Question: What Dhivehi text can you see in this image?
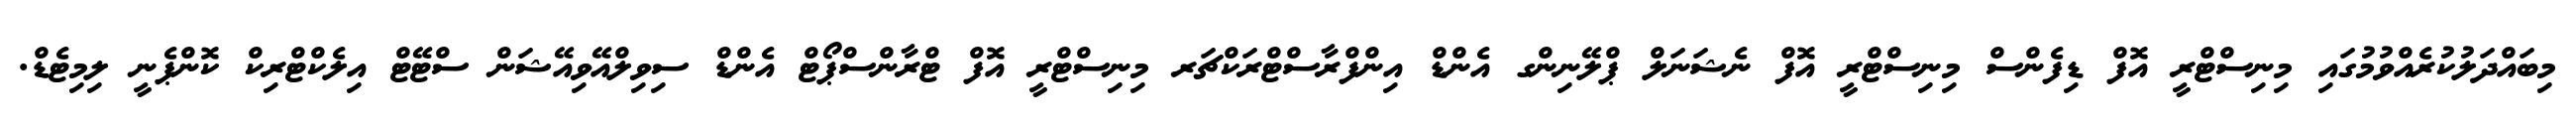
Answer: މިބައްދަލުކުރެއްވުމުގައި މިނިސްޓްރީ އޮފް ޑިފެންސް މިނިސްޓްރީ އޮފް ނެޝަނަލް ޕްލޭނިންގ އެންޑް އިންފްރާސްޓްރަކްޗަރ މިނިސްޓްރީ އޮފް ޓްރާންސްޕޯޓް އެންޑް ސިވިލްއޭވިއޭޝަން ސްޓޭޓް އިލެކްޓްރިކް ކޮންޕެނީ ލިމިޓެޑް.